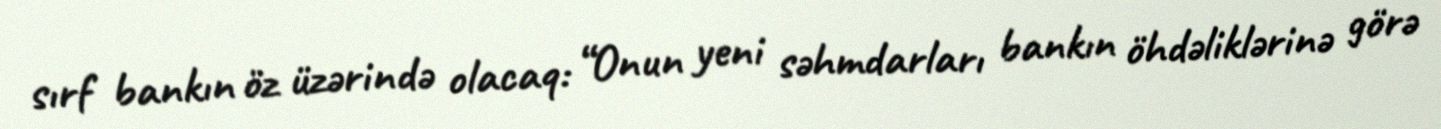
sırf bankın öz üzərində olacaq: “Onun yeni səhmdarları bankın öhdəliklərinə görə